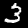
Digit: 3